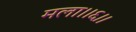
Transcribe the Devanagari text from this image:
मला।।६।।